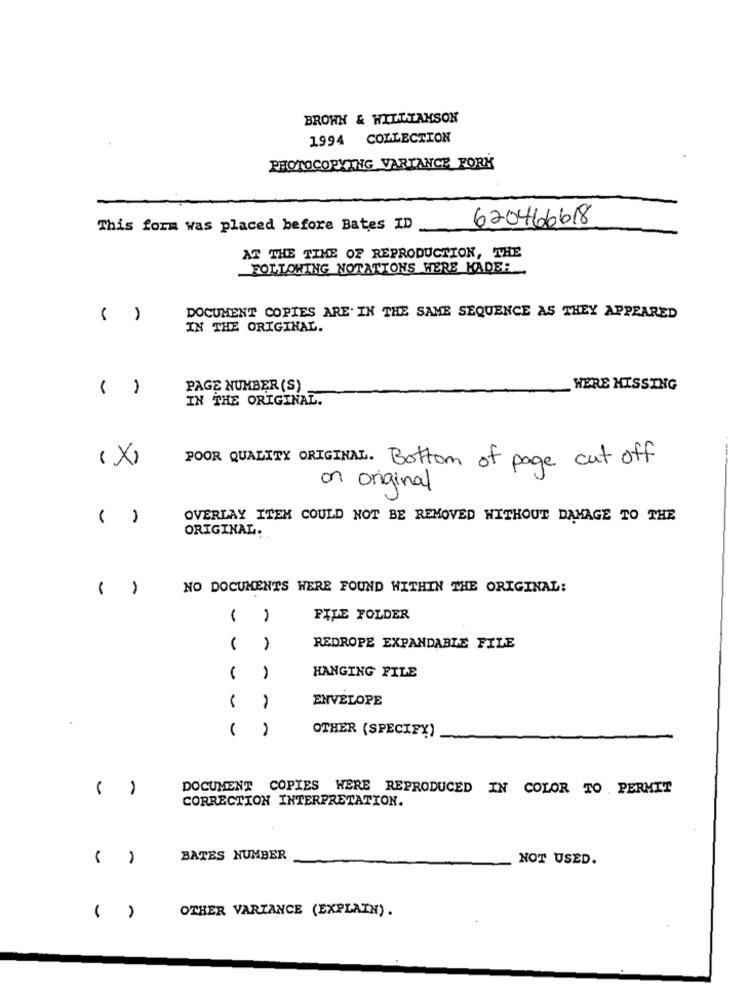
BROWN & WILLTAHSON
1994 COLLECTION
PHOTOCOPYING VARTANCE_FORK
This form was placed before Bates ID
620466618
AT THE TIME OF REPRODUCTION, THE
FOLLOWING NOTATIONS WERE MADE:
( )
DOCUMENT COPIES ARE. IN THE SAME SEQUENCE AS THEY APPEARED
IN THE ORIGINAL.
( )
PAGE NUMBER (S)
WERE MISSING
IN THE ORIGINAL.
×
FOR QUALITY ORIGINAL. Bottom of page cut off
on original
( )
OVERLAY ITEM COULD NOT BE REMOVED WITHOUT DAMAGE TO THE
ORIGINAL.
( )
NO DOCUMENTS WERE FOUND WITHIN THE ORIGINAL:
FILE FOLDER
REDROPE EXPANDABLE FILE
HANGING FILE
ENVELOPE
1
OTHER (SPECIFY)
( )
DOCUMENT COPIES WERE REPRODUCED IN COLOR TO PERMIT
CORRECTION INTERPRETATION.
BATES NUMBER
NOT USED.
OTHER VARIANCE (EXPLAIN) .
( )